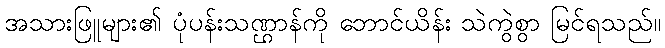
အသားဖြူများ၏ ပုံပန်းသဏ္ဌာန်ကို ဘောင်ယိန်း သဲကွဲစွာ မြင်ရသည်။